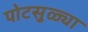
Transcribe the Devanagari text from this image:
पोटसुळ्या